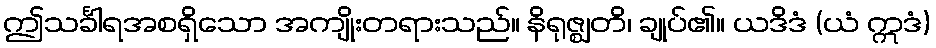
ဤသင်္ခါရအစရှိသော အကျိုးတရားသည်။ နိရုဇ္ဈတိ၊ ချုပ်၏။ ယဒိဒံ (ယံ ဣဒံ)